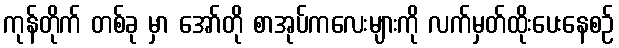
ကုန်တိုက် တစ်ခု မှာ အော်တို စာအုပ်ကလေးများကို လက်မှတ်ထိုးပေးနေစဉ်